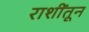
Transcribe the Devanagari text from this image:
राशींतून